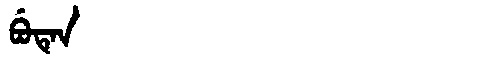
Manchu: ᠪᡠᡨᡝᠨ
Romanization: BUTEN